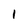
Character: 1